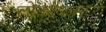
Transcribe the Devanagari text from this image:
लोकल्समध्ये